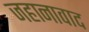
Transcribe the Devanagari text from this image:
जहानावाद